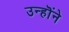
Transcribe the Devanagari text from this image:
उन्हॊंने